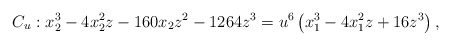
\begin{align*} C_u: x_2^3-4x_2^2z-160x_2z^2-1264z^3 = u^6\left( x_1^3-4x_1^2z+16z^3\right),\end{align*}